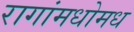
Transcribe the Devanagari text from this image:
रागांमधोमध